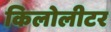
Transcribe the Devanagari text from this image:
किलोलीटर